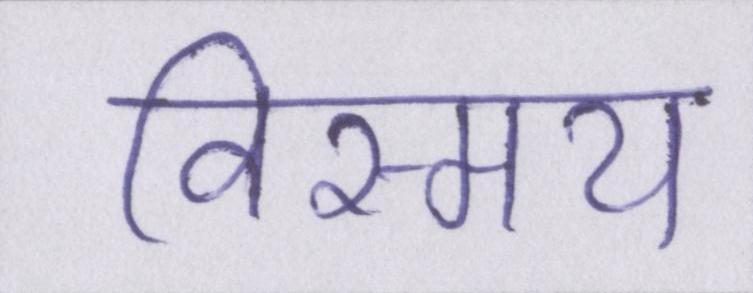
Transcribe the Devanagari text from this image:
विस्मय